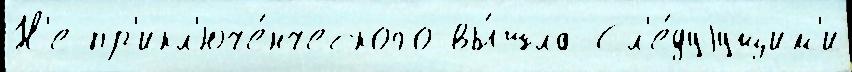
Н'е пр'икл'юче́нческого вы́шла Сл'е́дуjущим'и